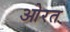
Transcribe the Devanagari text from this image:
ओरत